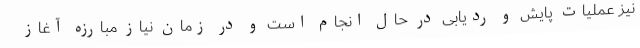
نیز عملیات پایش و ردیابی در حال انجام است و در زمان نیاز مبارزه آغاز